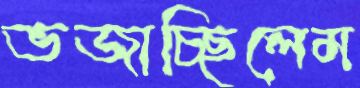
ভজাচ্ছিলেম